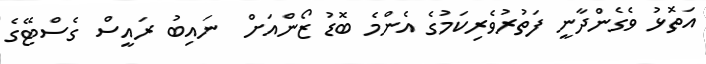
އަތޮޅު ވެގެންދާނީ ފަތުރުވެރިކަމުގެ އެންމެ ބޮޑު ޒޯންއަށް  ނައިބު ރައީސް ގެސްޓޭގެ